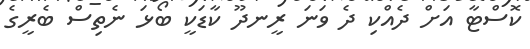
ކޮސްޓާ އަށް ދެއްކި ދެ ވަނަ ރީނދޫ ކާޑަކީ ބޯޅަ ނެތިސް ބެރީގެ